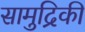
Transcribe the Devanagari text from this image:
सामुद्रिकी